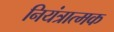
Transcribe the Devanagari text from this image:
नियंत्रात्मक